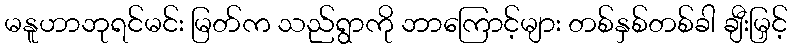
မနူဟာဘုရင်မင်း မြတ်က သည်ရွာကို ဘာကြောင့်များ တစ်နှစ်တစ်ခါ ချီးမြှင့်